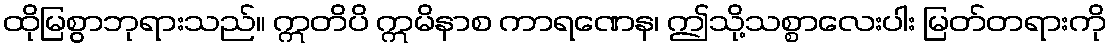
ထိုမြစွာဘုရားသည်။ ဣတိပိ ဣမိနာစ ကာရဏေန၊ ဤသို့သစ္စာလေးပါး မြတ်တရားကို